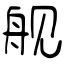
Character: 舰